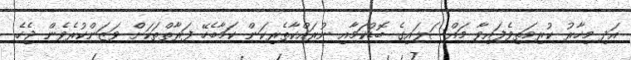
އަދި މިހާރު ކުރިމަތިވެފައިވާ މައްސަލައިގެ ބޮޑުކަމާއި ނުރައްކާތެރިކަން ކަމާބެހޭ ފަރާތްތަކަށް ވަޒަންކުރެވެން ޖެހެ